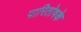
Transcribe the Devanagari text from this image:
पारितोषके